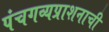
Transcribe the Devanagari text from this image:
पंचगव्यप्राशनाची